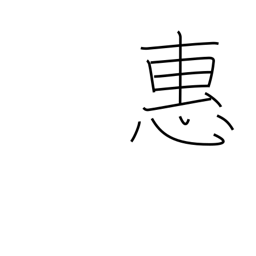
Meaning: grace